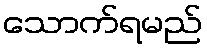
သောက်ရမည်